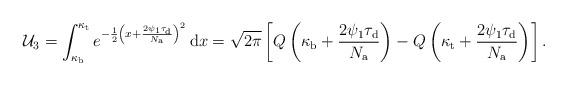
LaTeX: \begin{align*}\mathcal{U}_3=\int_{\kappa_{\rm b}}^{\kappa_{\rm t}}e^{-\frac{1}{2}\left(x+\frac{2\psi_{1}\tau_{\rm d}}{N_{\rm a}}\right)^2}\,\mathrm{d} x=\sqrt{{2\pi}}\left[Q\left(\kappa_{\rm b}+\frac{2\psi_{1}\tau_{\rm d}}{N_{\rm a}}\right)-Q\left(\kappa_{\rm t}+\frac{2\psi_{1}\tau_{\rm d}}{N_{\rm a}}\right)\right].\end{align*}